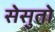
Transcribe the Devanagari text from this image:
सेसुतो